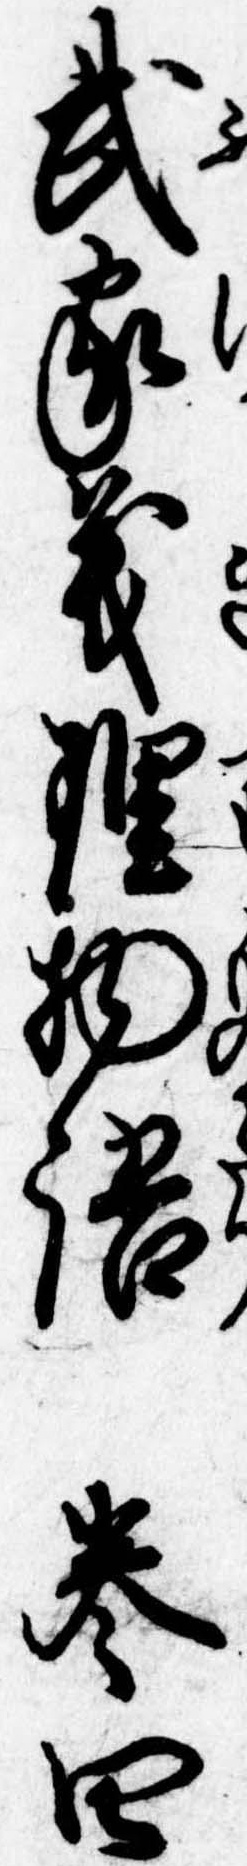
武家義理物語巻四